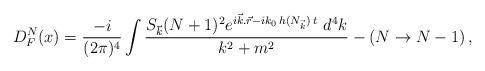
LaTeX: \begin{align*}D^{N}_F(x) = \frac{-i}{(2\pi)^4} \int \frac{S_{\vec{k}}(N+1)^2e^{i\vec{k}.\vec{r}-ik_0\, h(N_{\vec{k}}) \, t}\,\, d^4 k}{k^2+m^2} -(N \rightarrow N-1) \, ,\end{align*}